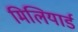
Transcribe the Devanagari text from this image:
मिलियार्ड